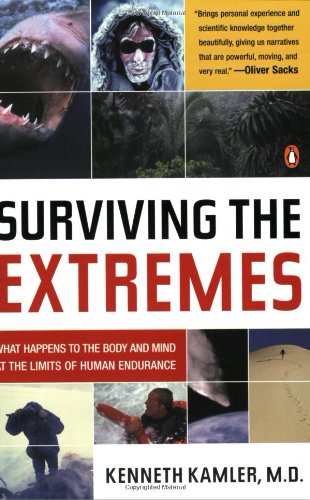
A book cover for Surviving the Extremes: What Happens to the Body and Mind at the Limits of Human Endurance; Kenneth Kamler; Medical Books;